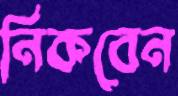
নিকবেন